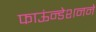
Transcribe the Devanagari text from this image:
फाऊंन्‍डेशनने